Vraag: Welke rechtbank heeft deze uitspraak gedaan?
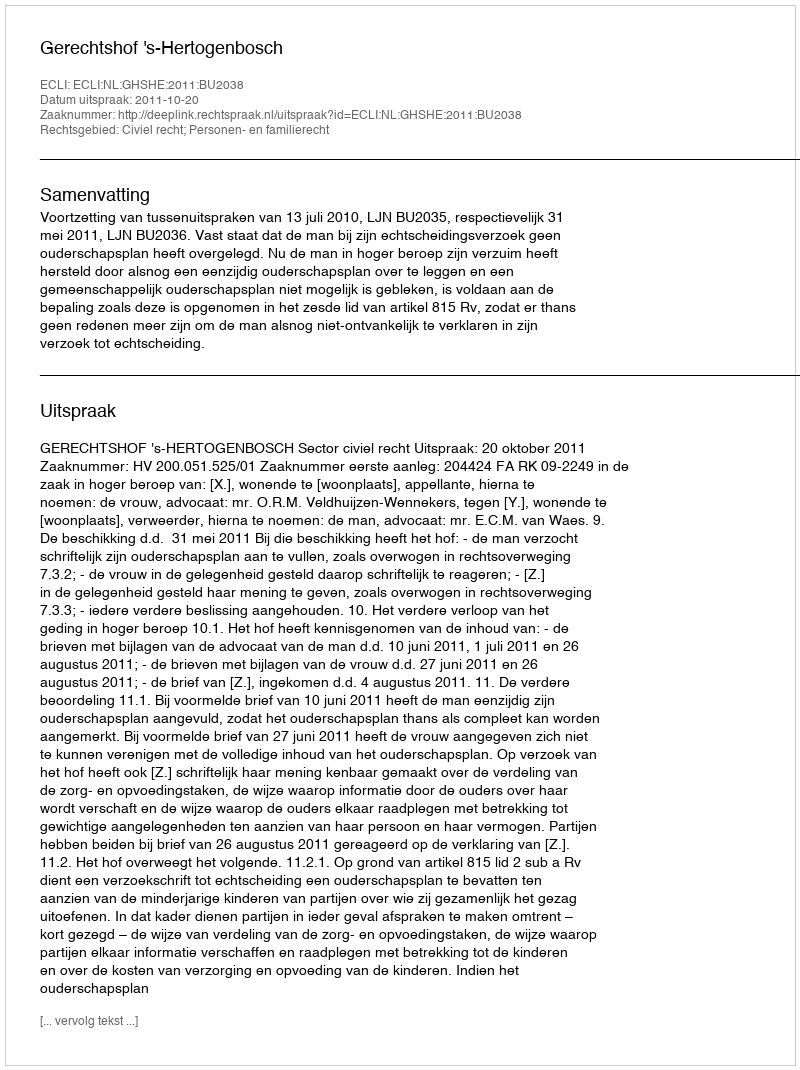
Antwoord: Gerechtshof 's-Hertogenbosch